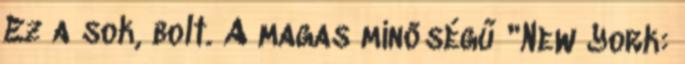
Ez a sok, bolt. A magas minőségű "New York: